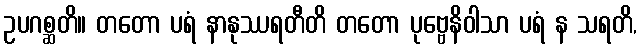
ဥပဂစ္ဆတိ။ တတော ပရံ နာနုဿရတီတိ တတော ပုဗ္ဗေနိဝါသာ ပရံ န သရတိ,